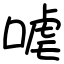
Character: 㖸